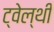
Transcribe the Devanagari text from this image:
ट्वेल्‍थी